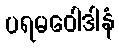
ပရမဝေါဒါနံ